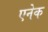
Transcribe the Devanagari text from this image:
एनेक